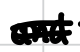
Text: and
Cross-out: double-line
Writing tool: digital_black